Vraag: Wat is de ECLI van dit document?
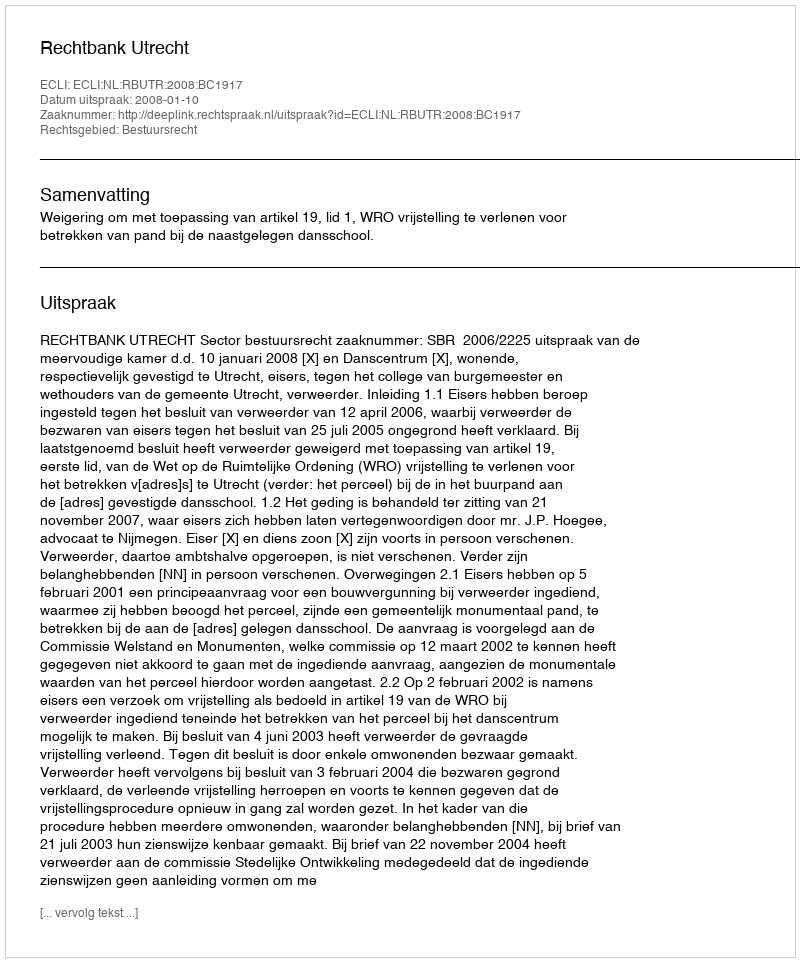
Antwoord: ECLI:NL:RBUTR:2008:BC1917